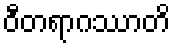
ဝီတရာဂဿာတိ